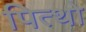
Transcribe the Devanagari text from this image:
पित्थो